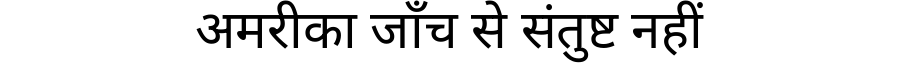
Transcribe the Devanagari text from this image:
अमरीका जाँच से संतुष्ट नहीं